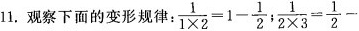
1. 观察下面的变形规律： $$\frac{1}{1 \times 2}=1- \frac{1}{2}$$; $$\frac{1}{2 \times 3}= \frac{1}{2}-$$